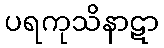
ပရကုသိနာဋာ